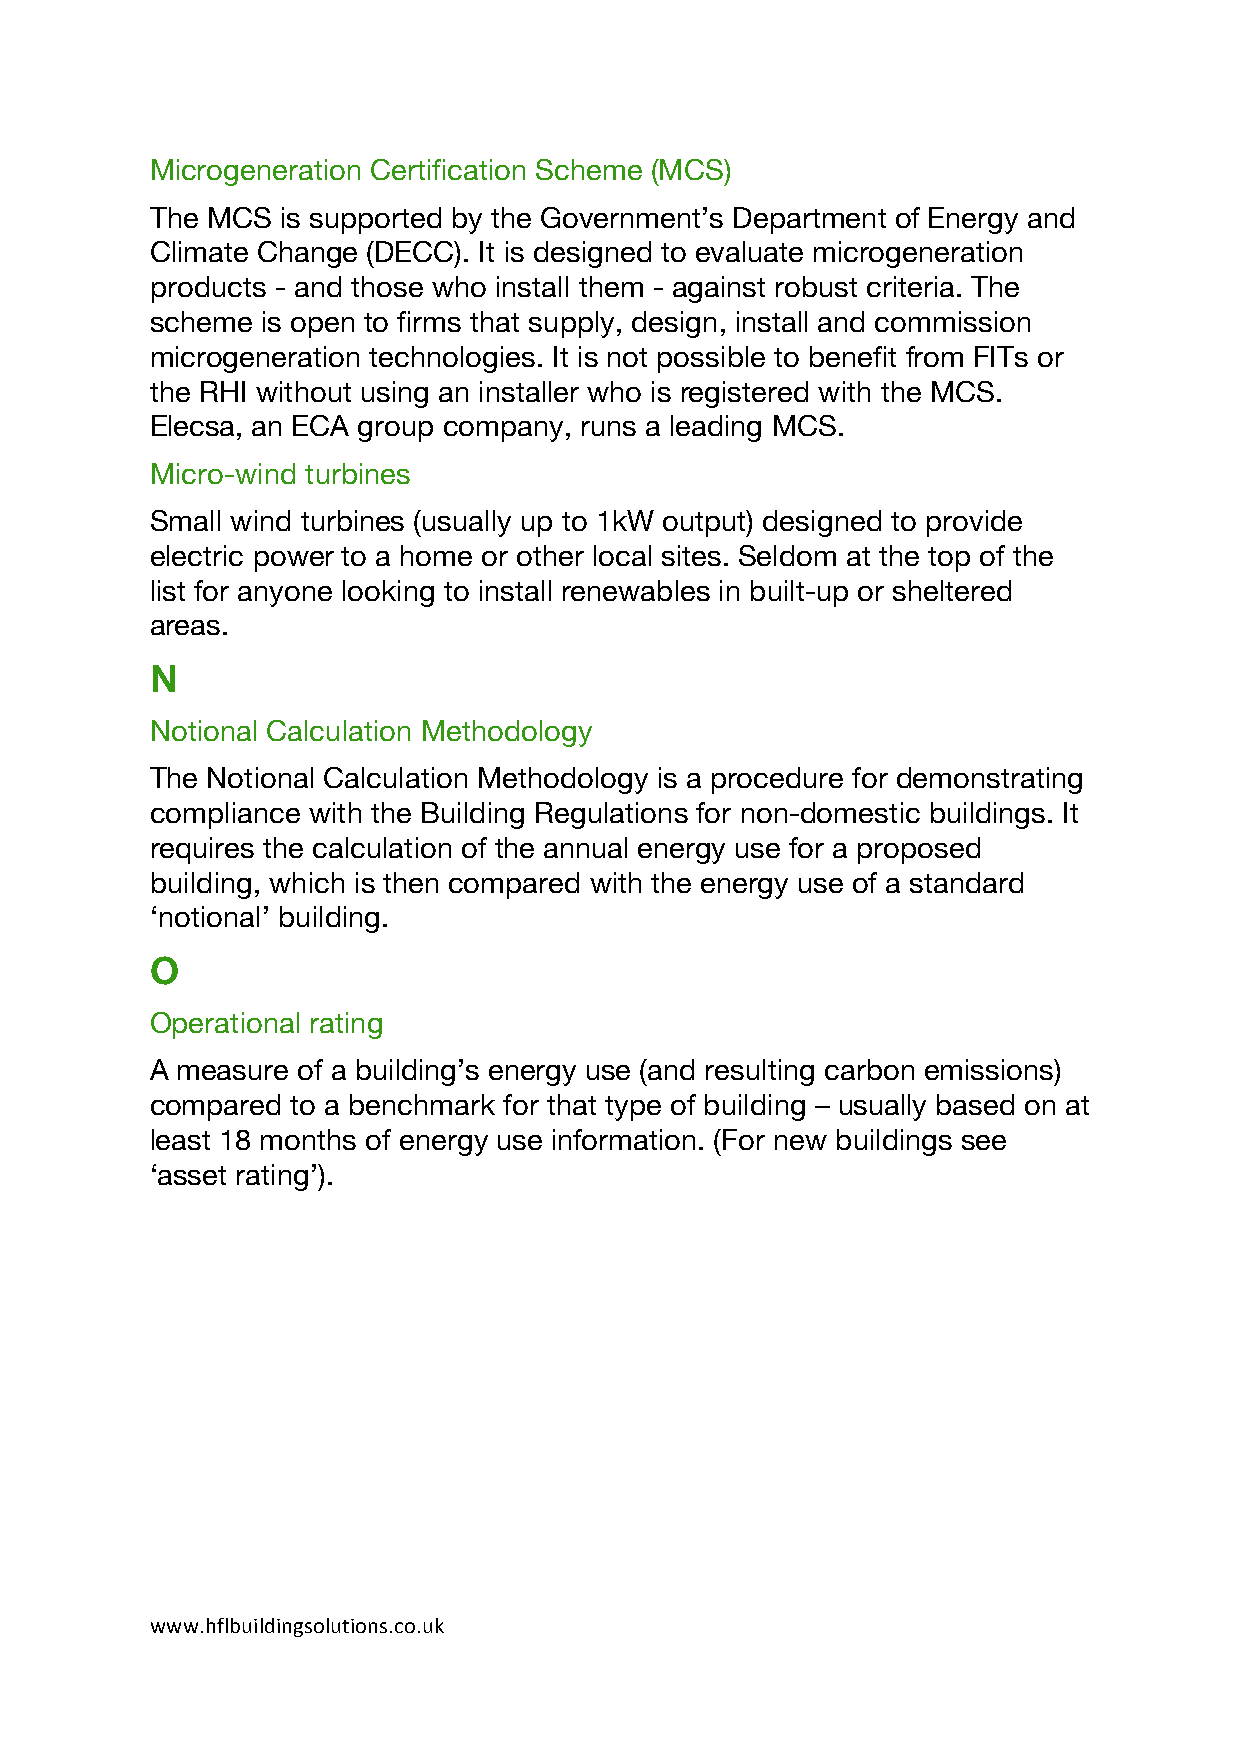
Microgeneration Certification Scheme (MCS)
 The MCS  is supported by the Government’s Department of Energy and
 Climate Change (DECC). It is designed to evaluate microgeneration
 products - and those who install them - against robust criteria. The
 scheme is open to firms that supply, design, install and commission
 microgeneration technologies. It is not possible to benefit from FITs or
 the RHI without using an installer who is registered with the MCS.
 Elecsa, an ECA group company, runs a leading MCS.
 Micro-wind turbines
 Small wind turbines (usually up to 1kW output) designed to provide
 electric power to a home or other local sites. Seldom at the top of the
 list for anyone looking to install renewables in built-up or sheltered
 areas.
 N
 Notional Calculation Methodology
 The Notional Calculation Methodology is a procedure for demonstrating
 compliance with the Building Regulations for non-domestic buildings. It
 requires the calculation of the annual energy use for a proposed
 building, which is then compared with the energy use of a standard
 ‘notional’ building.
 O
 Operational rating
 A measure of a building’s energy use (and resulting carbon emissions)
 compared to a benchmark for that type of building – usually based on at
 least 18 months of energy use information. (For new buildings see
 ‘asset rating’).
 www.hflbuildingsolutions.co.uk